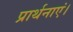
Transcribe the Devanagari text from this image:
प्रार्थनाएं।